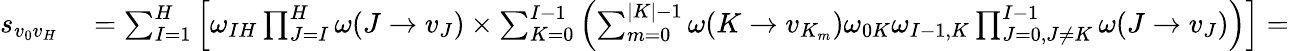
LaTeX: \begin{array}{rl}{s_{v_{0}v_{H}}}&{{}=\sum_{I=1}^{H}\left[\omega_{IH}\prod_{J=I}^{H}\omega(J\to v_{J})\times\sum_{K=0}^{I-1}\left(\sum_{m=0}^{|K|-1}\omega(K\to v_{K_{m}})\omega_{0K}\omega_{I-1,K}\prod_{J=0,J\neq K}^{I-1}\omega(J\to v_{J})\right)\right]=}\end{array}